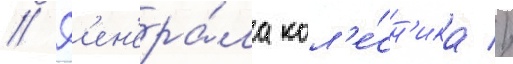
// Г'ен'ера́ла кол'е́сн'ика //